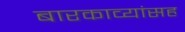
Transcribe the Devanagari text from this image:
बारकाव्यांसह